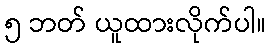
၅ ဘတ် ယူထားလိုက်ပါ။